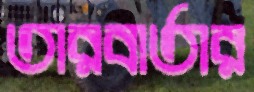
তারবার্তার